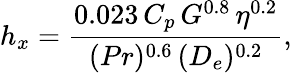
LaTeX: h_{x}=\frac{0.023\, C_{p}\, G^{0.8}\, \eta^{0.2}}{(Pr)^{0.6}\, (D_{e})^{0.2}},